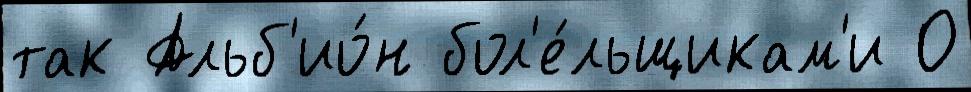
так Альб'ио́н бол'е́льщикам'и 0